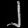
Digit: ၂